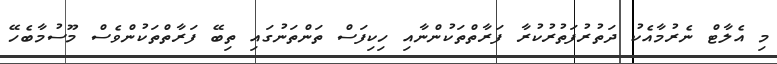
މި އެލާޓް ނެރުމާއެކު ދަތުރުފަތުރުކުރާ ފަރާތްތަކުންނާއި ހިކިފަސް ތަންތަނުގައި ތިބޭ ފަރާތްތަކުންވެސް މޫސުމާބެހޭ